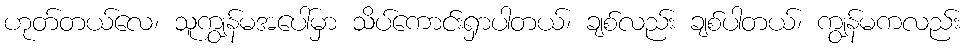
ဟုတ်တယ်လေ၊ သူကျွန်မအပေါ်မှာ သိပ်ကောင်းရှာပါတယ်၊ ချစ်လည်း ချစ်ပါတယ်၊ ကျွန်မကလည်း